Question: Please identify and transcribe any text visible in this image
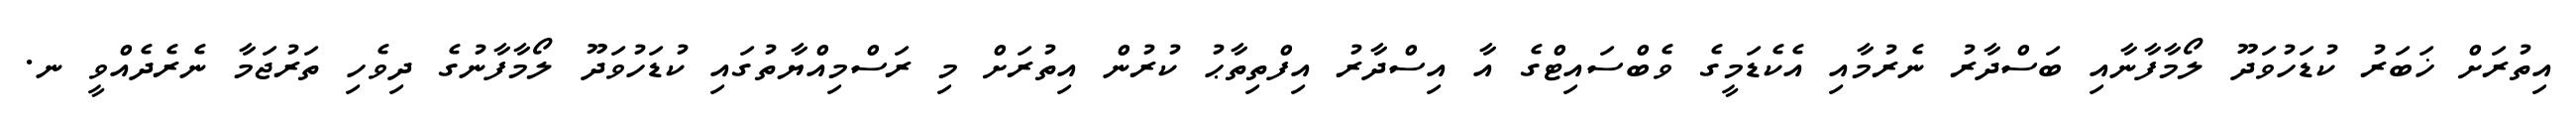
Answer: އިތުރަށް ޚަބަރު ކުޑަހުވަދޫ ލޯމާފާނާއި ބަސްދާރު ނެރުމާއި އެކެޑަމީގެ ވެބްސައިޓްގެ އާ އިސްދާރު އިފްތިތާޙު ކުރުން އިތުރަށް މި ރަސްމިއްޔާތުގައި ކުޑަހުވަދޫ ލޯމާފާނުގެ ދިވެހި ތަރުޖަމާ ނެރެދެއްވީ ނ.